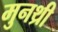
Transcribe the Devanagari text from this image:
मुनथ्री